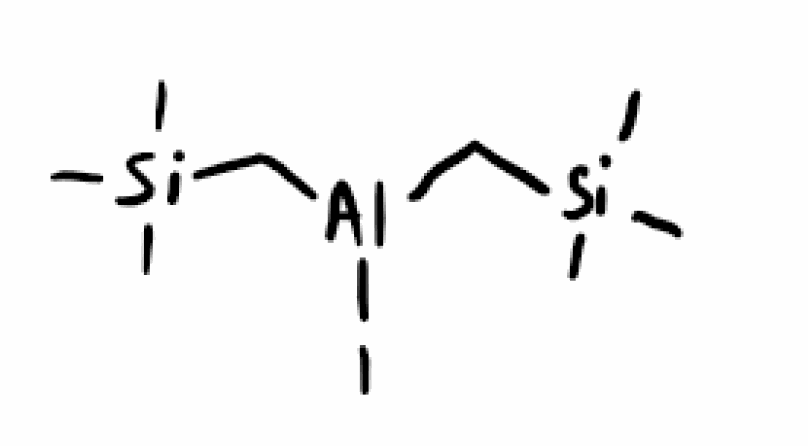
Simplified molecular-input line-entry system (SMILES) notation of the given molecule:
C[Si](C)(C)C[Al](C[Si](C)(C)C)I